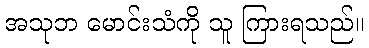
အသုဘ မောင်းသံကို သူ ကြားရသည်။